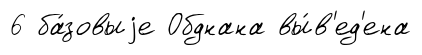
6 ба́зовыjе Обднана вы́в'ед'ена